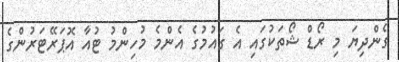
ގެންދިޔަ މި ރޯޑް ޝޯތަކުގައި އެ ގައުމުގެ އެންމެ މުހިންމު ޓުއާ އޮޕަރޭޓަރުންގެ